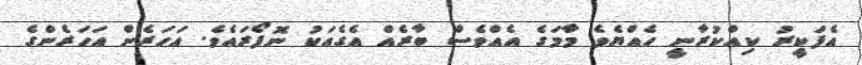
އެފަކީރު ކިއްކުރާނީ ހެއްޔެވެ މާމަގެ އެއްވެސް ބާރެއް އެގެއަކު ނޮފޯރައެވެ. އަހަރެން އަހަރެންގެ